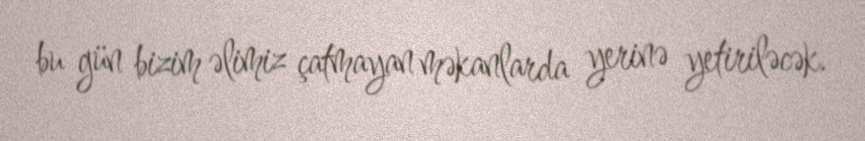
bu gün bizim əlimiz çatmayan məkanlarda yerinə yetiriləcək.